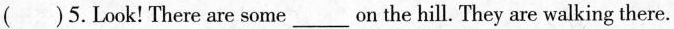
( ) 5.Look! There are some ___ on the hill. They are walking there.